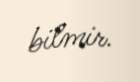
bilmir.